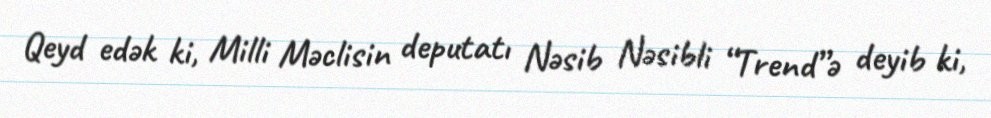
Qeyd edək ki, Milli Məclisin deputatı Nəsib Nəsibli “Trend”ə deyib ki,